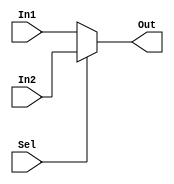
module MUX #(
    parameter DataWidth=32

) (
    input wire                 Sel,
    input wire [DataWidth-1:0] In1,
    input wire [DataWidth-1:0] In2,
    output reg [DataWidth-1:0] Out
);

  always @(*) begin
      if (!Sel) begin
          Out=In1;
      end else begin
          Out=In2;
      end
  end  
endmodule